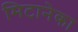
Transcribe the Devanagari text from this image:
मिटानेका